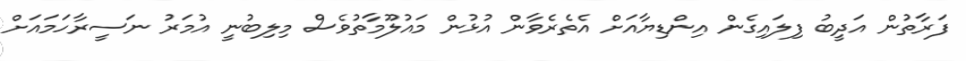
ފަރާތުން އަދީބު ފިލައިގެން އިންޑިޔާއަށް އެތެރެވާން އުޅުން މައުލޫމާތުވެސް މިލިބުނީ އުމަރު ނަސީރާހަމައަށް